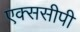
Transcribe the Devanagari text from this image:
एक्ससीपी